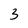
Character: 3